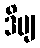
ဒိဗျ